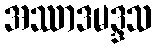
အဿာဒမဒ္ဒသ